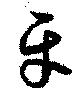
牙